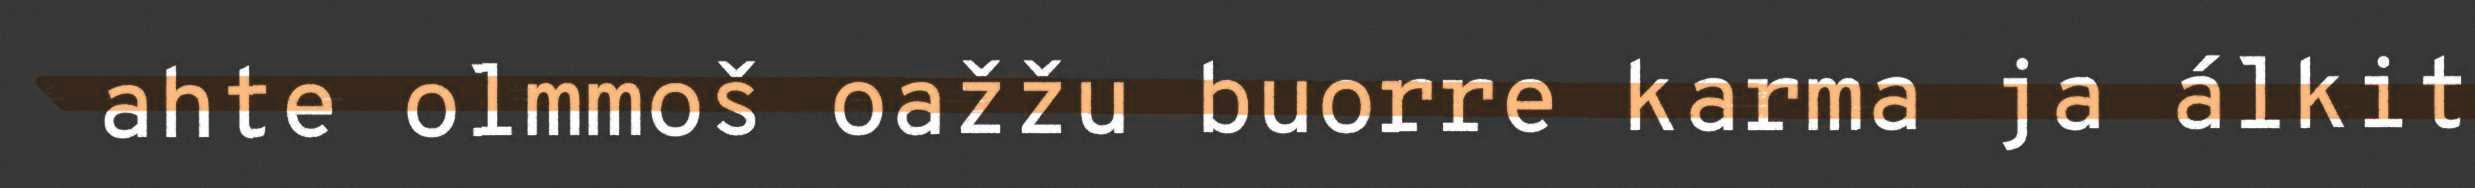
ahte olmmoš oažžu buorre karma ja álkit